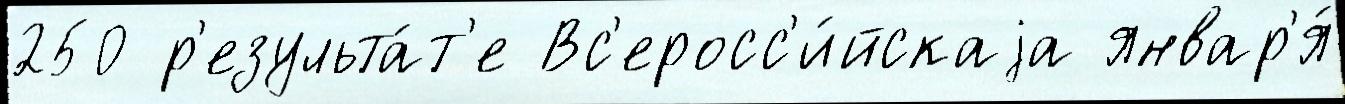
250 р'езульта́т'е Вс'еросс'и́йскаjа январ'я́